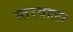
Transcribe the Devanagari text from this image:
स्तरवाला